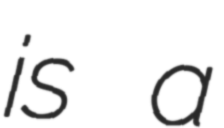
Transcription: is a